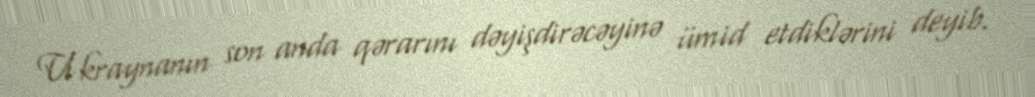
Ukraynanın son anda qərarını dəyişdirəcəyinə ümid etdiklərini deyib.